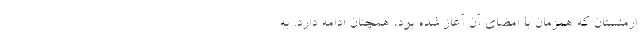
ارمنستان که همزمان با امضای آن آغاز شده بود، همچنان ادامه دارد. به